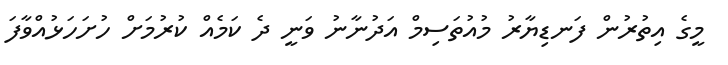
މީގެ އިތުރުން ފަނޑިޔާރު މުއުތަސިމް އަދުނާނު ވަނީ ދެ ކަމެއް ކުރުމަށް ހުށަހަޅުއްވާފަ